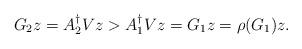
LaTeX: \begin{align*}G_{2}z=A_{2}^{\dagger}Vz>A_{1}^{\dagger}Vz=G_{1}z=\rho(G_{1})z.\end{align*}